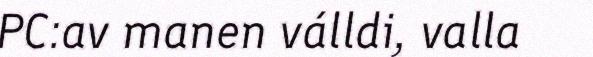
PC:av manen válldi, valla